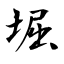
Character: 堀